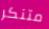
متنكر